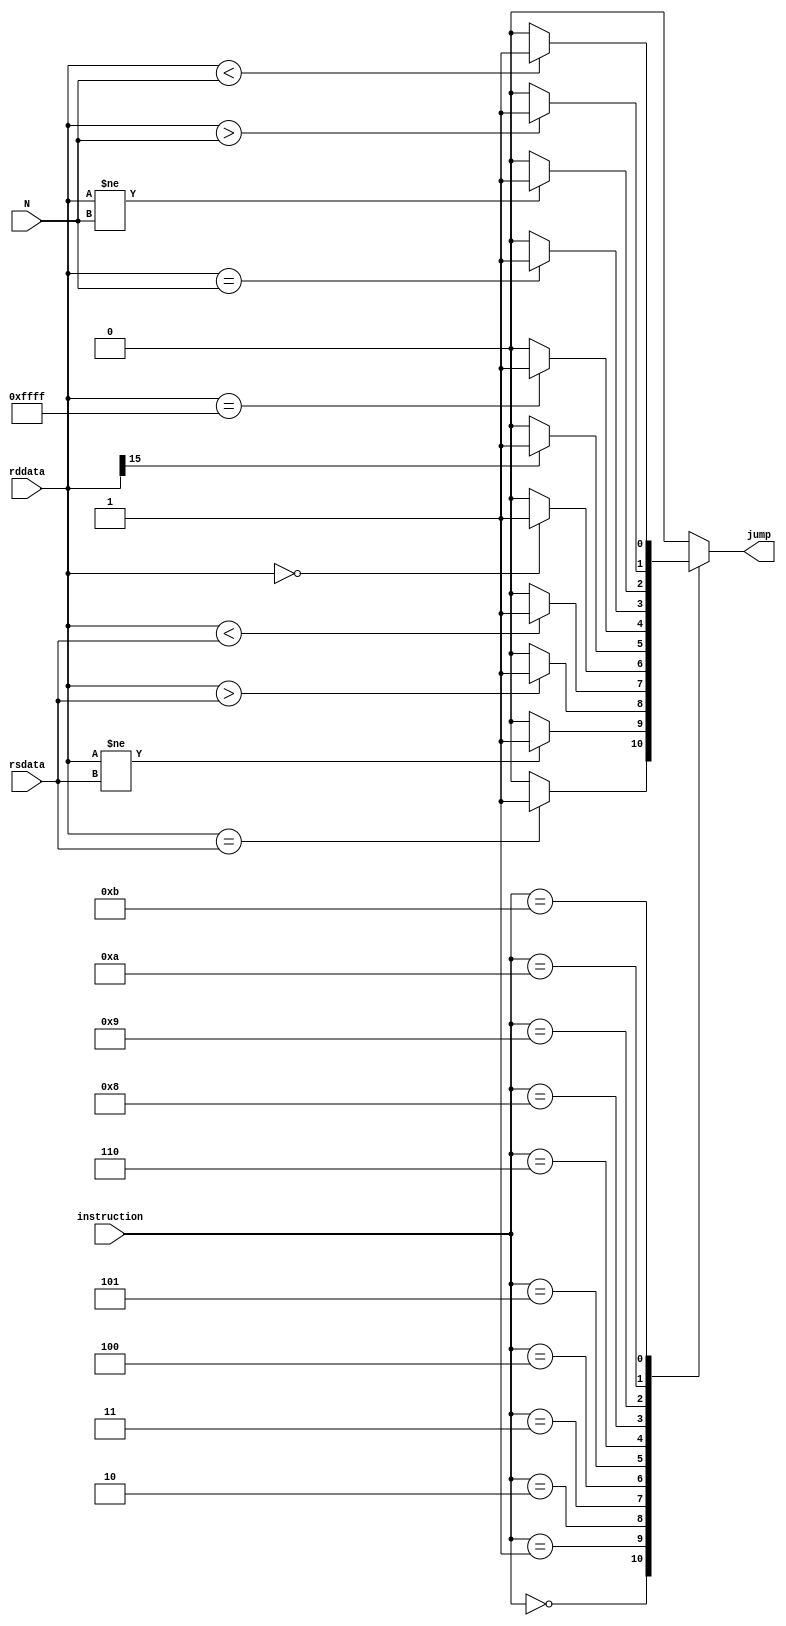
module CMP
(
	input [15:0] rddata, rsdata, N,
	input [3:0] instruction,
	
	output jump

);

wire [3:0] cond = instruction; 

reg result;

assign jump = result;

always @(*) begin
	
		casex (cond)
			4'b0000 : result = rddata == rsdata ? 1'b1 : 1'b0;
			4'b0001 : result = rddata != rsdata ? 1'b1 : 1'b0;
			4'b0010 : result = rddata > rsdata ? 1'b1 : 1'b0; // doesnt take into account negative numbers
			4'b0011 : result = rddata < rsdata ? 1'b1 : 1'b0;		
			4'b0100 : result = rddata == 0 ? 1'b1 : 1'b0;		
			4'b0101 : result = rddata[15] == 1 ? 1'b1 : 1'b0;
			4'b0110 : result = rddata == 16'hFFFF ? 1'b1 : 1'b0;
			
			4'b1000 : result = rddata == N ? 1'b1 : 1'b0;
			4'b1001 : result = rddata != N ? 1'b1 : 1'b0;
			4'b1010 : result = rddata > N ? 1'b1 : 1'b0;
			4'b1011 : result = rddata < N ? 1'b1 : 1'b0;
			
			//5'b1xxxx : result = aluout == 0 ? 1'b1 : 1'b0; // for SUB cond jump

			default : result = 0;
		endcase
end

endmodule